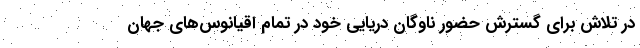
در تلاش برای گسترش حضور ناوگان دریایی خود در تمام اقیانوس‌های جهان